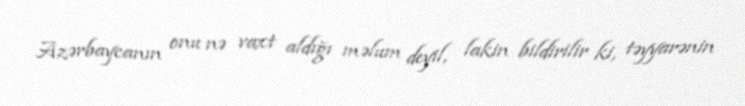
Azərbaycanın onu nə vaxt aldığı məlum deyil, lakin bildirilir ki, təyyarənin